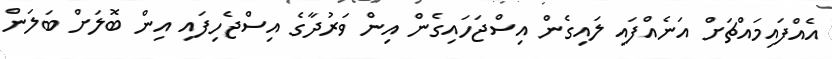
އެއްފައިމައްޗަށް އަނެއްފައި ލައިގެން އިސްޖަހައިގެން އިން ވަރުދާގެ އިސްޖެހިފައި އިން ބޮލަށް ބަލަން